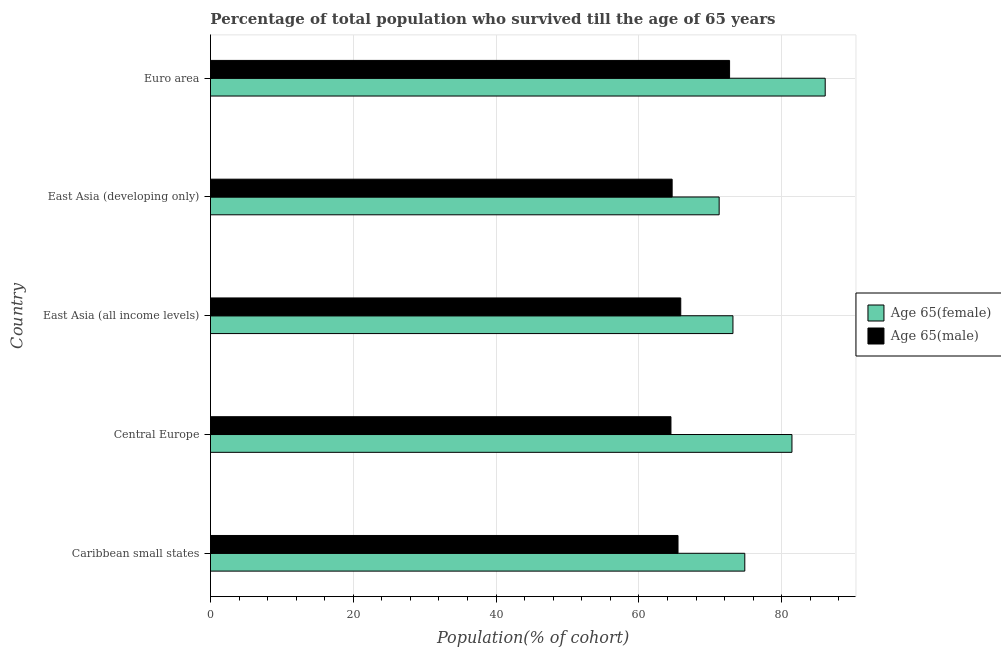
| Country | Age 65(female) | Age 65(male) |
 | --- | --- | --- |
 | Caribbean small states | 74.8 | 65.5 |
 | Central Europe | 81.4 | 64.5 |
 | East Asia (all income levels) | 73.2 | 65.9 |
 | East Asia (developing only) | 71.2 | 64.7 |
 | Euro area | 86.1 | 72.7 |